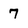
Character: 7